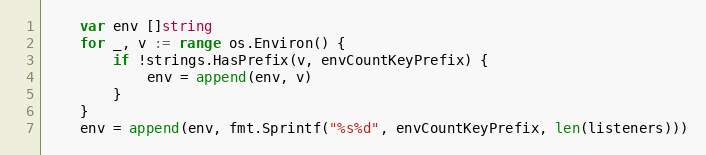
Language: Go
	var env []string
	for _, v := range os.Environ() {
		if !strings.HasPrefix(v, envCountKeyPrefix) {
			env = append(env, v)
		}
	}
	env = append(env, fmt.Sprintf("%s%d", envCountKeyPrefix, len(listeners)))